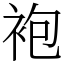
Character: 袍